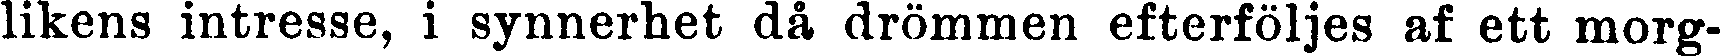
likens intresse, i synnerhet då drömmen efterföljes af ett morg-